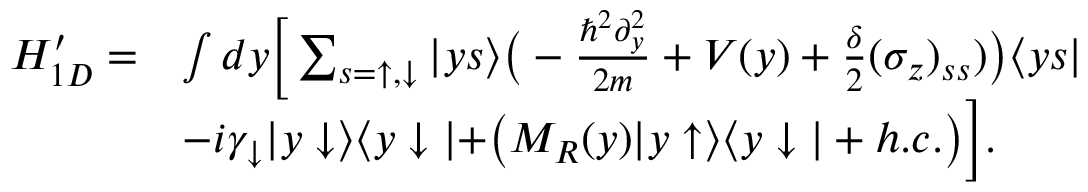
\begin{array} { r l } { H _ { 1 D } ^ { \prime } = } & { \int d y \Big [ \sum _ { s = \uparrow , \downarrow } | y s \rangle \bigr ( - \frac { \hbar ^ { 2 } \partial _ { y } ^ { 2 } } { 2 m } + V ( y ) + \frac { \delta } { 2 } ( \sigma _ { z } ) _ { s s } ) \bigr ) \langle y s | } \\ & { - i \gamma _ { \downarrow } | y \downarrow \rangle \langle y \downarrow | + \bigr ( M _ { R } ( y ) | y \uparrow \rangle \langle y \downarrow | + h . c . \bigr ) \Big ] . } \end{array}